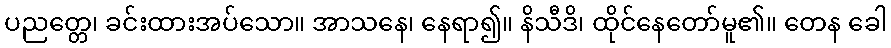
ပညတ္တေ၊ ခင်းထားအပ်သော။ အာသနေ၊ နေရာ၍။ နိသီဒိ၊ ထိုင်နေတော်မူ၏။ တေန ခေါ